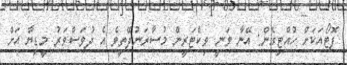
ފޮޓޯއަކަށް ހުއްޓިގެން: އޭނާ ވަނީ ވިކްޓަރީން މުސާރަނުދޭތީވެ އެ ދުވަސްވަރު މީޑިޔާ އަށް